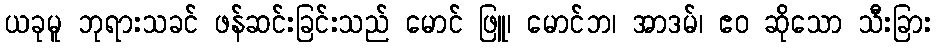
ယခုမူ ဘုရားသခင် ဖန်ဆင်းခြင်းသည် မောင် ဖြူ၊ မောင်ဘ၊ အာဒမ်၊ ဧဝ ဆိုသော သီးခြား